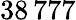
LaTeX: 38\, 777